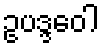
ဥပဒ္ဒဝေါ